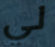
لي